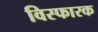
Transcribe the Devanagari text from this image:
विस्फारक